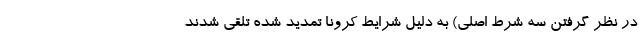
در نظر گرفتن سه شرط اصلی) به دلیل شرایط کرونا تمدید شده تلقی شدند